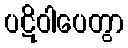
ပဋိဝါပေတွာ